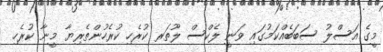
މީގެ އަސްލު ސަބަބެއްކަމުގައި ވަނީ ލެކްސް ލޫތަރ ކުރެހި ކުރެހުންތެރިޔާ މީނާ ކުރެހި